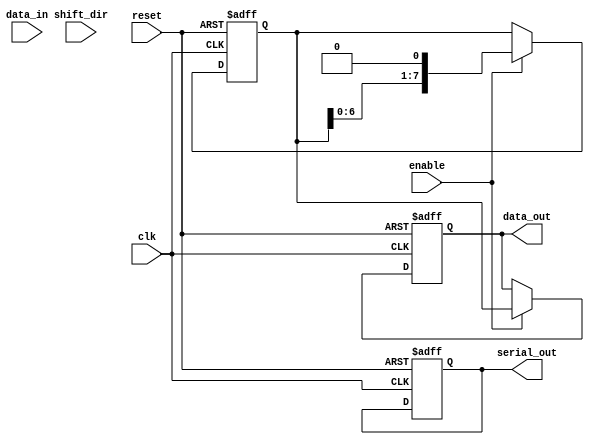
module ParameterizedShiftRegister #(
    parameter DATA_WIDTH = 8,  // Width of the data
    parameter MODE = "SIPO"     // Operational mode: "SIPO", "PISO", or "SHIFT"
) (
    input wire clk,             // Clock signal
    input wire reset,           // Asynchronous reset
    input wire [DATA_WIDTH-1:0] data_in,  // Parallel input data (for PISO mode)
    input wire shift_dir,       // Shift direction (1 for right, 0 for left)
    input wire enable,          // Enable signal
    output reg [DATA_WIDTH-1:0] data_out,  // Parallel output data (for SIPO mode)
    output reg serial_out       // Serial output (for PISO mode)
);

    reg [DATA_WIDTH-1:0] shift_reg; // Internal shift register

    always @(posedge clk or posedge reset) begin
        if (reset) begin
            shift_reg <= {DATA_WIDTH{1'b0}}; // Clear the shift register
            data_out <= {DATA_WIDTH{1'b0}};  // Clear the output
            serial_out <= 1'b0;              // Clear the serial output
        end else if (enable) begin
            case (MODE)
                "PISO": begin
                    // Load data in parallel and shift out serially
                    serial_out <= shift_reg[DATA_WIDTH-1]; // Output the MSB
                    shift_reg <= {data_in, shift_reg[DATA_WIDTH-1:1]}; // Shift left
                end
                
                "SIPO": begin
                    // Shift in serially and output in parallel
                    shift_reg <= {shift_reg[DATA_WIDTH-2:0], 1'b0}; // Shift left
                    data_out <= shift_reg; // Output the current state
                end
                
                "SHIFT": begin
                    // Shift left or right based on shift_dir
                    if (shift_dir) begin
                        // Shift right
                        shift_reg <= {1'b0, shift_reg[DATA_WIDTH-1:1]};
                    end else begin
                        // Shift left
                        shift_reg <= {shift_reg[DATA_WIDTH-2:0], 1'b0};
                    end
                end
                
                default: begin
                    // Default case (no operation)
                end
            endcase
        end
    end

endmodule